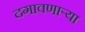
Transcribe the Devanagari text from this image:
दगावणाऱ्या